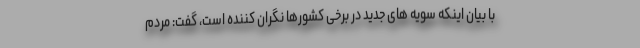
با بیان اینکه سویه های جدید در برخی کشورها نگران کننده است، گفت: مردم